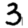
Digit: 3